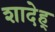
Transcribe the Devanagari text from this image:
शादेह्